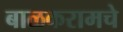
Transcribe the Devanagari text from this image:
बाळकरामचे